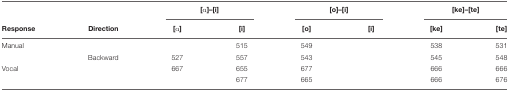
<table><thead><tr><td>[EMPTY_CELL]</td><td>[EMPTY_CELL]</td><td colspan="2"><b>[α]–[i]</b></td><td colspan="2"><b>[o]–[i]</b></td><td colspan="2"><b>[ke]–[te]</b></td></tr><tr><td><b>Response</b></td><td><b>Direction</b></td><td><b>[α]</b></td><td><b>[i]</b></td><td><b>[o]</b></td><td><b>[i]</b></td><td><b>[ke]</b></td><td><b>[te]</b></td></tr></thead><tbody><tr><td>Manual</td><td>[EMPTY_CELL]</td><td>[EMPTY_CELL]</td><td>515</td><td>549</td><td>[EMPTY_CELL]</td><td>538</td><td>531</td></tr><tr><td>[EMPTY_CELL]</td><td>Backward</td><td>527</td><td>557</td><td>543</td><td>[EMPTY_CELL]</td><td>545</td><td>548</td></tr><tr><td>Vocal</td><td>[EMPTY_CELL]</td><td>667</td><td>655</td><td>677</td><td>[EMPTY_CELL]</td><td>666</td><td>666</td></tr><tr><td>[EMPTY_CELL]</td><td>[EMPTY_CELL]</td><td>[EMPTY_CELL]</td><td>677</td><td>665</td><td>[EMPTY_CELL]</td><td>666</td><td>676</td></tr></tbody></table>